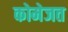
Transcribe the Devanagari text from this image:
कोमेजत